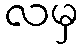
လမှ